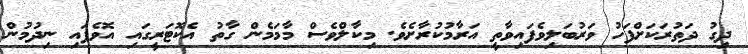
ދިގު ދަތުރަކަށްފަހު ވަރުބަލިވެފައިވާތީ އަރާމުކުރާށެވެ. މިކާލްވެސް މާމަމެން ގާތު އެކޮޓަރީގައި އޮވެފައި ނިދުމުން